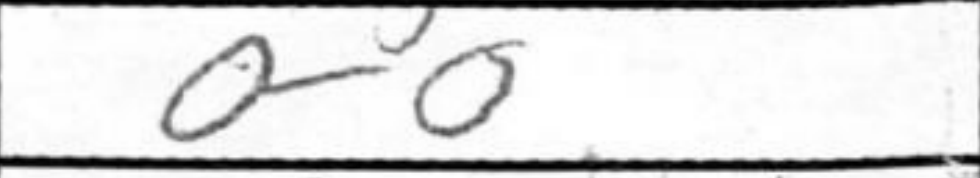
Transcription: O-O